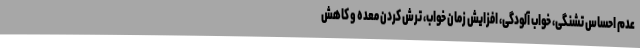
عدم احساس تشنگی، خواب آلودگی، افزایش زمان خواب، ترش کردن معده و کاهش